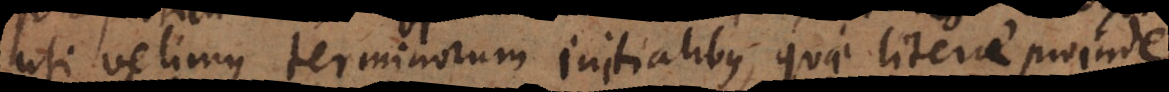
uti velimus terminorum initialibus, quae literae proinde